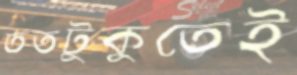
ততটুকুতেই